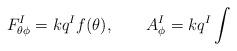
LaTeX: \begin{align*}F_{\theta \phi }^{I}=kq^{I}f(\theta ),\qquad A_{\phi }^{I}=kq^{I}\int\end{align*}